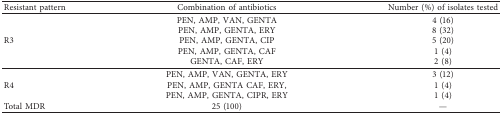
<table><thead><tr><td><b>Resistant pattern</b></td><td><b>Combination of antibiotics</b></td><td><b>Number (%) of isolates tested</b></td></tr></thead><tbody><tr><td rowspan="5">R3</td><td>PEN, AMP, VAN, GENTA</td><td>4 (16)</td></tr><tr><td>PEN, AMP, GENTA, ERY</td><td>8 (32)</td></tr><tr><td>PEN, AMP, GENTA, CIP</td><td>5 (20)</td></tr><tr><td>PEN, AMP, GENTA, CAF</td><td>1 (4)</td></tr><tr><td>GENTA, CAF, ERY</td><td>2 (8)</td></tr><tr><td rowspan="3">R4</td><td>PEN, AMP, VAN, GENTA, ERY</td><td>3 (12)</td></tr><tr><td>PEN, AMP, GENTA CAF, ERY,</td><td>1 (4)</td></tr><tr><td>PEN, AMP, GENTA, CIPR, ERY</td><td>1 (4)</td></tr><tr><td>Total MDR</td><td>25 (100)</td><td>—</td></tr></tbody></table>